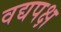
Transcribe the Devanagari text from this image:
वद्यपक्ष